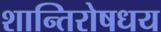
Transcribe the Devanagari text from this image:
शान्तिरोषधय